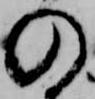
の